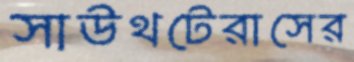
সাউথটেরাসের